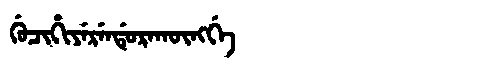
Manchu: ᡤᡠᠴᡳᡥᡳᠶᡝᡵᡝᠨᡩᡠᡵᠠᡴᡡᠩᡤᡝ
Romanization: GUCIHIYERENDURAKŪNGGE